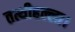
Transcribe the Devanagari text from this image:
तत्थीहल्ला।